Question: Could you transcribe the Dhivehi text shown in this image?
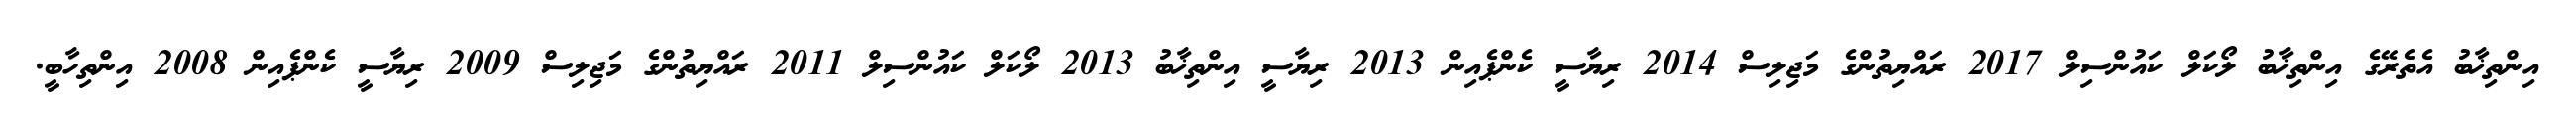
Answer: އިންތިޚާބު އެތެރޭގެ އިންތިޚާބު ލޯކަލް ކައުންސިލް 2017 ރައްޔިތުންގެ މަޖިލިސް 2014 ރިޔާސީ ކެންޕެއިން 2013 ރިޔާސީ އިންތިޚާބު 2013 ލޯކަލް ކައުންސިލް 2011 ރައްޔިތުންގެ މަޖިލިސް 2009 ރިޔާސީ ކެންޕެއިން 2008 އިންތިހާބީ.